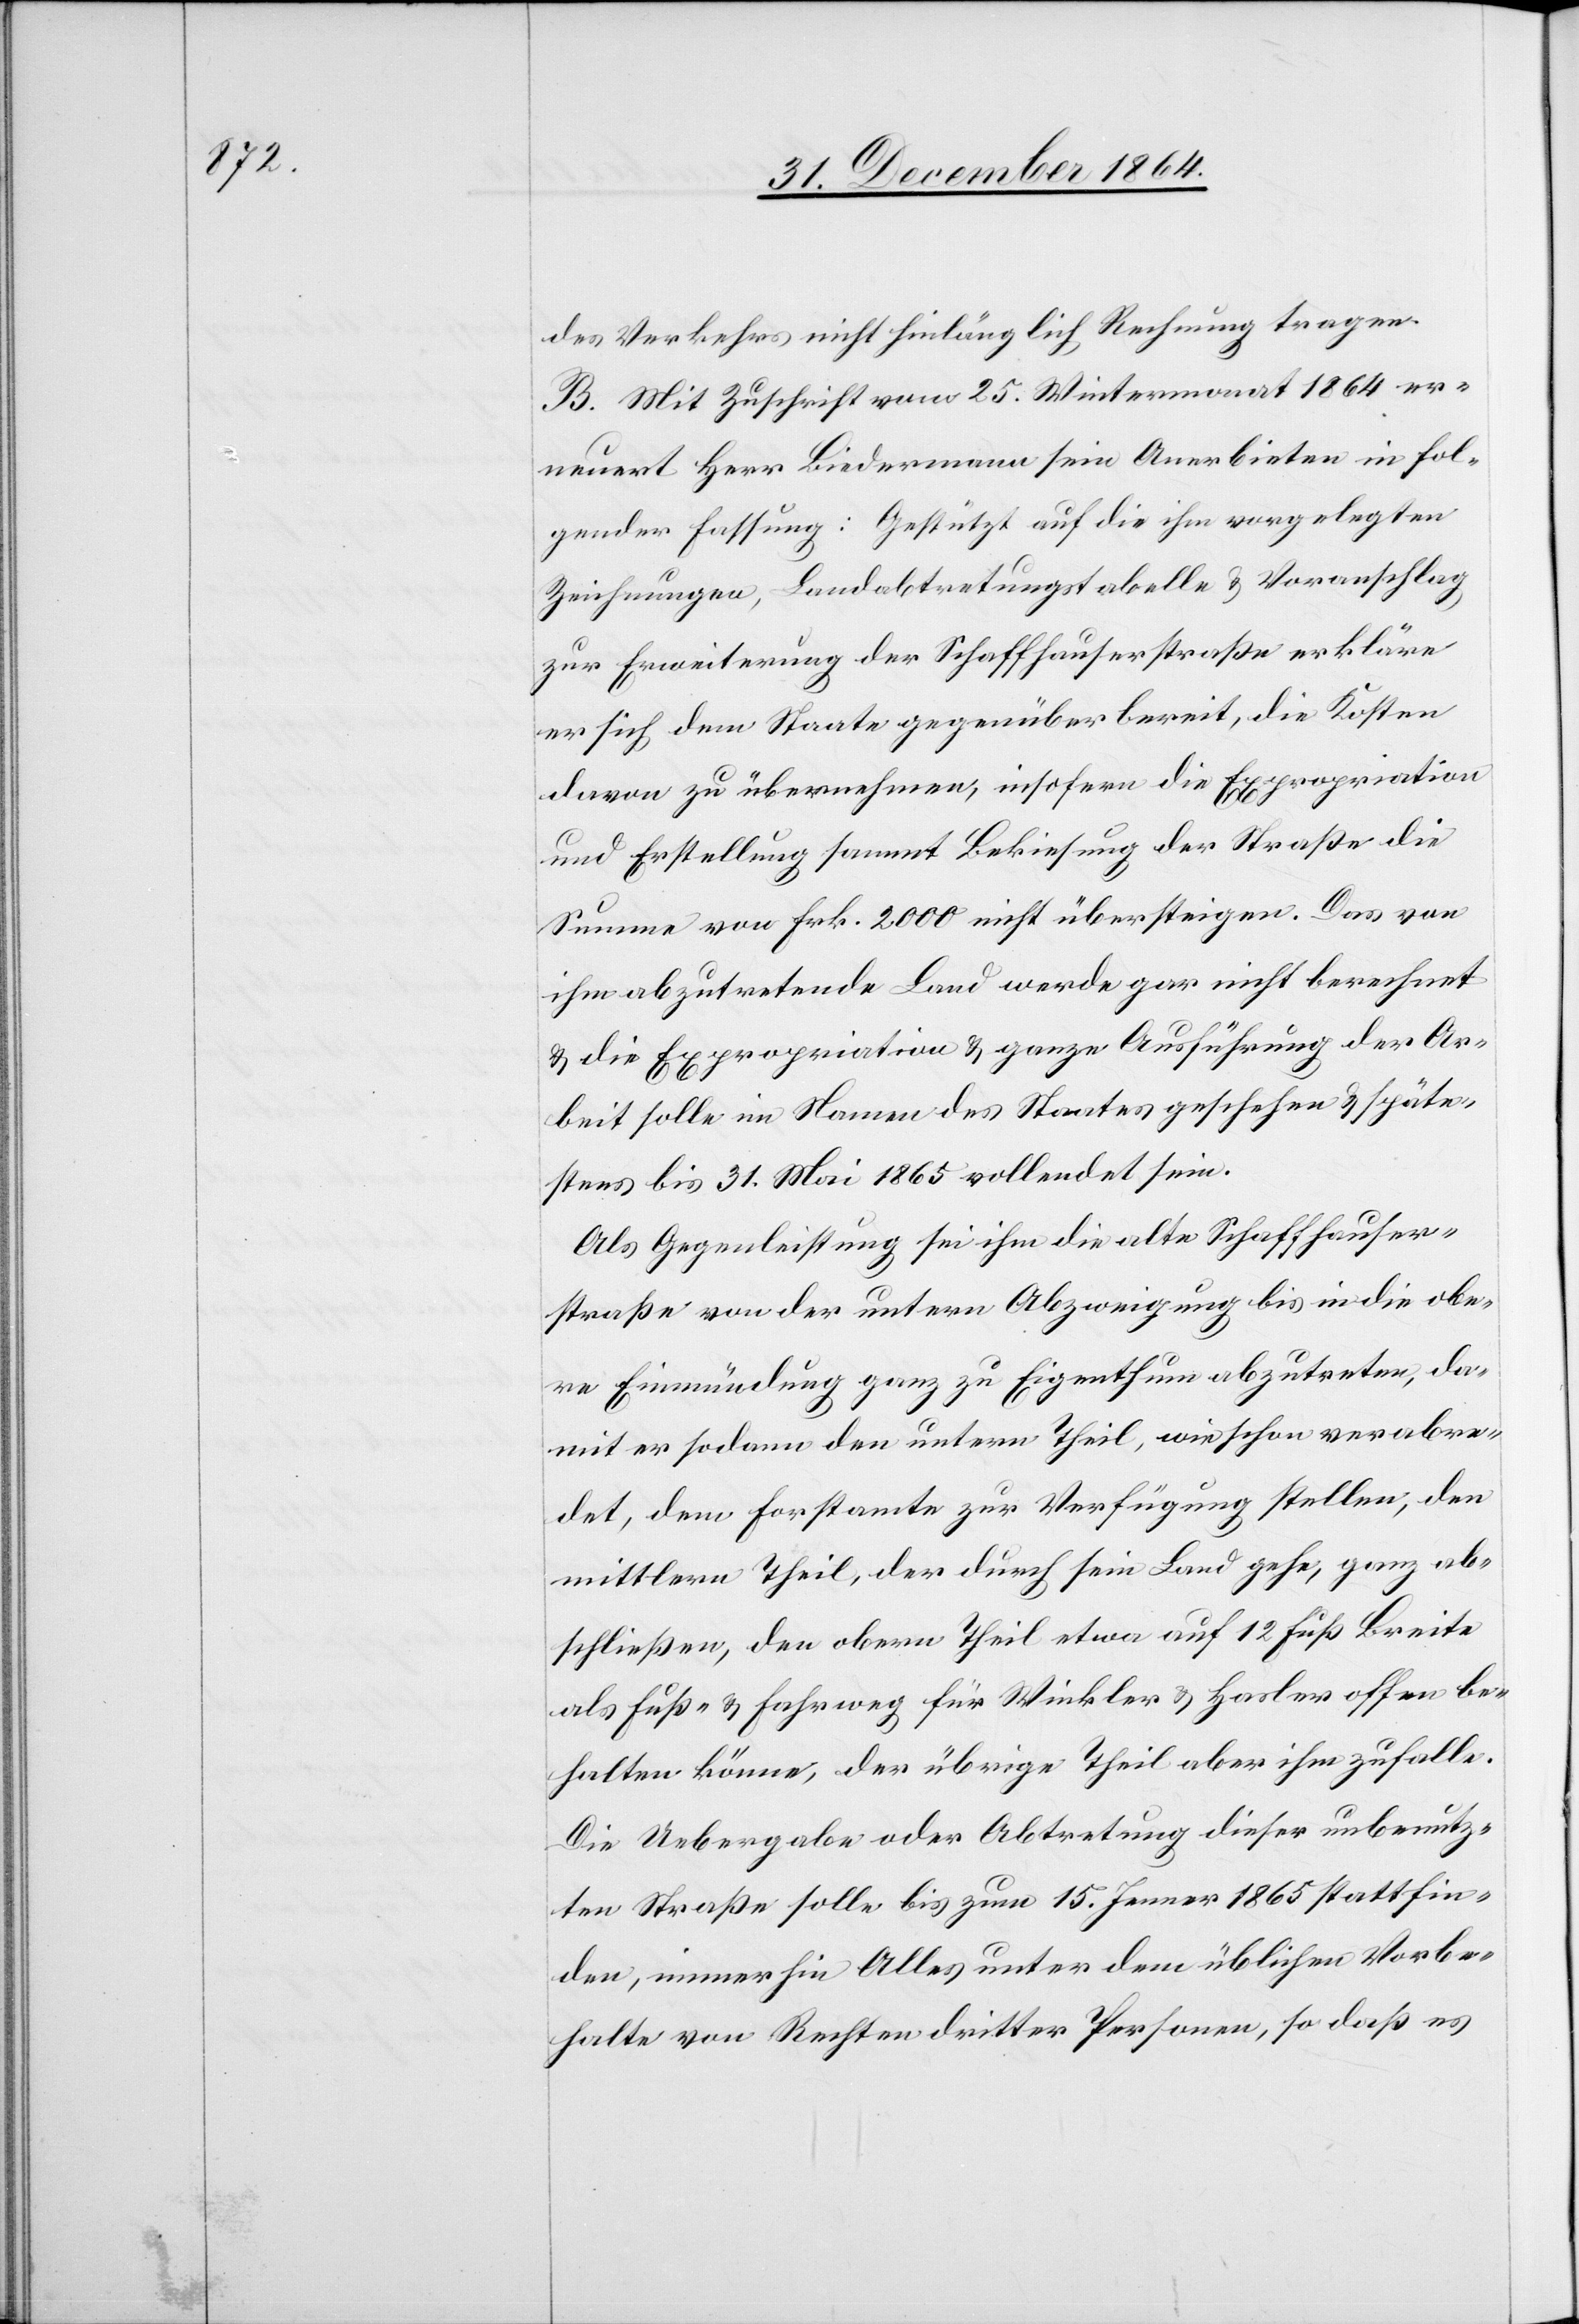
des Verkehrs nicht hinlänglich Rechnung tragen.
B. Mit Zuschrift vom 25. Wintermonat 1864 er¬
neuert Herr Biedermann sein Anerbieten in fol¬
gender Fassung: Gestützt auf die ihm vorgelegten
Zeichnungen, Landabtretungstabelle & Voranschlag
zur Erweiterung der Schaffhauserstraße erkläre
er sich dem Staate gegenüber bereit, die Kosten
davon zu übernehmen, insofern die Expropriation
und Erstellung sammt Bekiesung der Straße die
Summe von Frk. 2000 nicht übersteigen. Das von
ihm abzutretende Land werde gar nicht berechnet
& die Expropriation & ganze Ausführung der Ar¬
beit solle im Namen des Staates geschehen & späte¬
stens bis 31. Mai 1865 vollendet sein.
Als Gegenleistung sei ihm die alte Schaffhauser¬
straße von der untern Abzweigung bis in die obe¬
re Einmündung ganz zu Eigenthum abzutreten, da¬
mit er sodann den untern Theil, wie schon verabre¬
det, dem Forstamte zur Verfügung stellen, den
mittlern Theil, der durch sein Land gehe, ganz ab¬
schließen, den obern Theil etwa auf 12 Fuß Breite
als Fuß- & Fahrweg für Winkler & Hasler offen be¬
halten könne, der übrige Theil aber ihm zufalle.
Die Uebergabe oder Abtretung dieser unbenutz¬
ten Straße solle bis zum 15. Jenner 1865 stattfin¬
den, immerhin Alles unter dem üblichen Vorbe¬
halte von Rechten dritter Personen, daß es